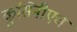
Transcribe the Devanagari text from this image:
कुसिनीएच